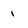
Character: 1